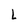
Character: L